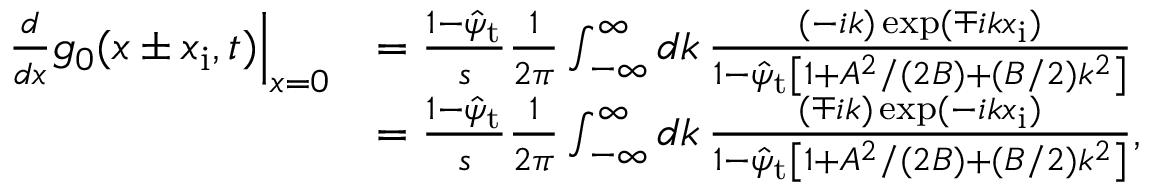
\begin{array} { r l } { \left. \frac { d } { d x } g _ { 0 } ( x \pm x _ { \mathrm { i } } , t ) \right| _ { x = 0 } } & { = \frac { 1 - \hat { \psi } _ { \mathrm { t } } } { s } \frac { 1 } { 2 \pi } \int _ { - \infty } ^ { \infty } d k \, \frac { ( - i k ) \exp ( \mp i k x _ { \mathrm { i } } ) } { 1 - \hat { \psi } _ { \mathrm { t } } \left[ 1 + A ^ { 2 } / ( 2 B ) + ( B / 2 ) k ^ { 2 } \right] } } \\ & { = \frac { 1 - \hat { \psi } _ { \mathrm { t } } } { s } \frac { 1 } { 2 \pi } \int _ { - \infty } ^ { \infty } d k \, \frac { ( \mp i k ) \exp ( - i k x _ { \mathrm { i } } ) } { 1 - \hat { \psi } _ { \mathrm { t } } \left[ 1 + A ^ { 2 } / ( 2 B ) + ( B / 2 ) k ^ { 2 } \right] } , } \end{array}